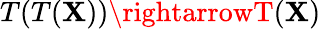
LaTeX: T(T(\mathbf{X}))\rightarrowT(\mathbf{X})